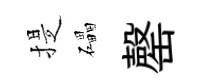
提礧罄